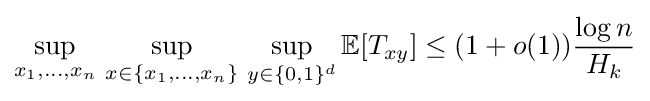
\sup _{x_{1},\ldots ,x_{n}}\,\sup _{x\in \{x_{1},\ldots ,x_{n}\}}\,\sup _{y\in \{0,1\}^{d}}\mathbb {E} [T_{xy}]\leq (1+o(1)){\frac {\log n}{H_{k}}}